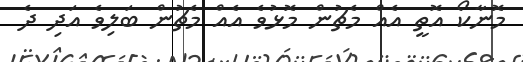
މޮނާކޯ އޮތީ އެއް މެޗުން މޮޅުވެ އެއް މެޗުން ބަލިވެ އަދި ދެ